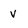
Character: v